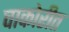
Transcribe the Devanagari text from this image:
चाकोरीत